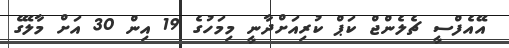
އޭއެފްސީ ޗެލެންޖް ކަޕް ކުރިއަށްދާނީ މިމަހުގެ 19 އިން 30 އަށް މާލޭގެ